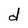
Character: d